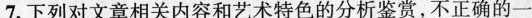
7.下列对文章相关内容和艺术特色的分析鉴赏，不正确的一